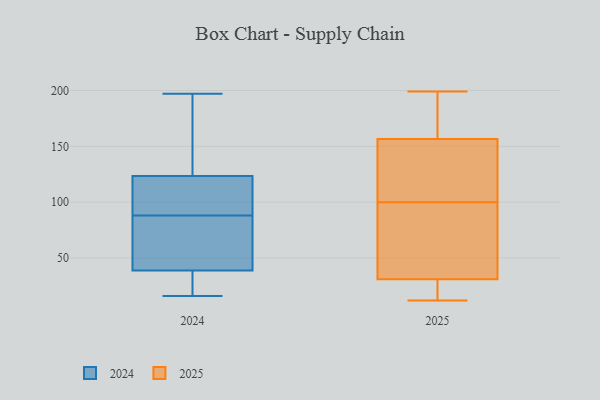
{"axis": {"x": "Churn Rate (%)", "y": "Value"}, "legend": ["2024", "2025"], "data": [{"x": "", "y": 32, "type": "2025"}, {"x": "", "y": 143, "type": "2025"}, {"x": "", "y": 50, "type": "2025"}, {"x": "", "y": 12, "type": "2025"}, {"x": "", "y": 199, "type": "2025"}, {"x": "", "y": 108, "type": "2025"}, {"x": "", "y": 30, "type": "2025"}, {"x": "", "y": 128, "type": "2025"}, {"x": "", "y": 170, "type": "2025"}, {"x": "", "y": 92, "type": "2025"}, {"x": "", "y": 29, "type": "2025"}, {"x": "", "y": 188, "type": "2025"}, {"x": "", "y": 123, "type": "2024"}, {"x": "", "y": 147, "type": "2024"}, {"x": "", "y": 22, "type": "2024"}, {"x": "", "y": 67, "type": "2024"}, {"x": "", "y": 65, "type": "2024"}, {"x": "", "y": 26, "type": "2024"}, {"x": "", "y": 197, "type": "2024"}, {"x": "", "y": 120, "type": "2024"}, {"x": "", "y": 17, "type": "2024"}, {"x": "", "y": 125, "type": "2024"}, {"x": "", "y": 162, "type": "2024"}, {"x": "", "y": 43, "type": "2024"}, {"x": "", "y": 16, "type": "2024"}, {"x": "", "y": 88, "type": "2024"}, {"x": "", "y": 101, "type": "2024"}, {"x": "", "y": 77, "type": "2024"}, {"x": "", "y": 105, "type": "2024"}]}